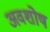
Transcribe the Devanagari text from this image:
अवशोष